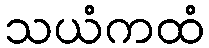
သယံကထံ